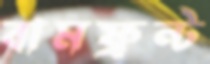
বামফ্রন্ট